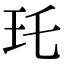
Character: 𤣯